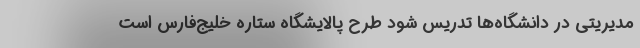
مدیریتی در دانشگاه‌ها تدریس شود طرح پالایشگاه ستاره خلیج‌فارس است